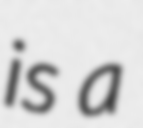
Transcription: is a